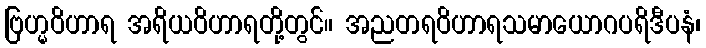
ဗြဟ္မဝိဟာရ အရိယဝိဟာရတို့တွင်။ အညတရဝိဟာရသမာယောဂပရိဒီပနံ၊